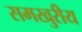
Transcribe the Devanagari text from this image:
समखुरीय